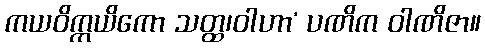
ကယဝိက္ကယိကော သတ္ထ၊ဝါဟာ’ ပဏိက ဝါဏိဇာ။